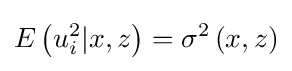
E\left(u_{i}^{2}|x,z\right)=\sigma ^{2}\left(x,z\right)